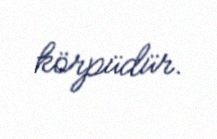
körpüdür.